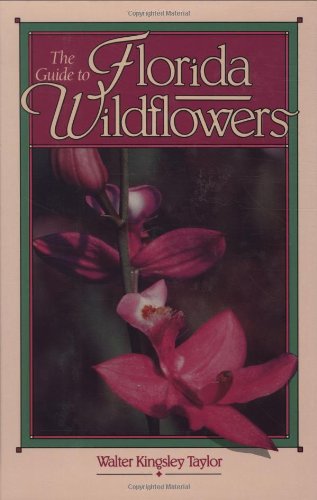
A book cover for The Guide to Florida Wildflowers; Walter Kingsley Taylor; Crafts, Hobbies & Home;